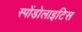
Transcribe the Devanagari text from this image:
स्पोंडोलाइटिस